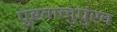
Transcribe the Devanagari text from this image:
पुखानुपुंख